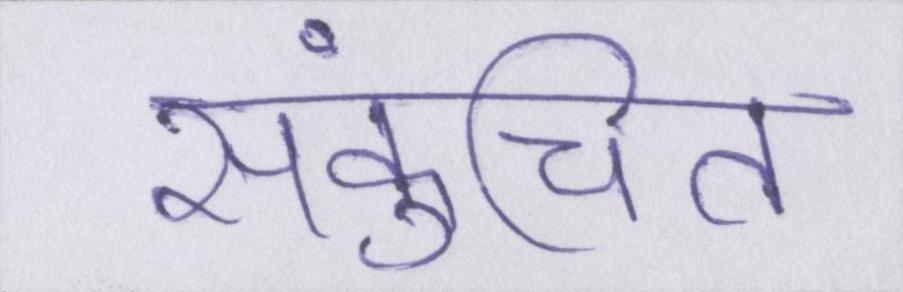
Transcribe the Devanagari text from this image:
संकुचित